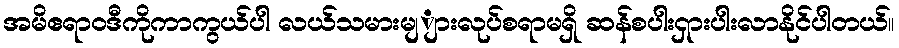
အမိဧရာဝဒီကိုကာကွယ်ပါ လယ်သမားမျျားလုပ်စရာမရှိ ဆန်စပါး၇ှားပါးလာနိုင်ပါတယ်။